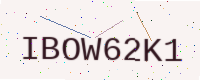
Text: IBOW62K1